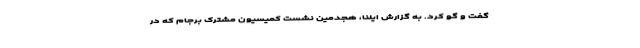
گفت و گو کرد. به گزارش ایلنا، هجدمین نشست کمیسیون مشترک برجام که در